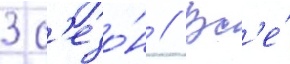
3 с'езо́н // Вс'е́